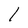
Character: 1